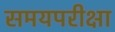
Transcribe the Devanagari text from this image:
समयपरीक्षा